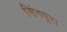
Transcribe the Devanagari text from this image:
सिंगपूरा